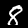
Label: 8